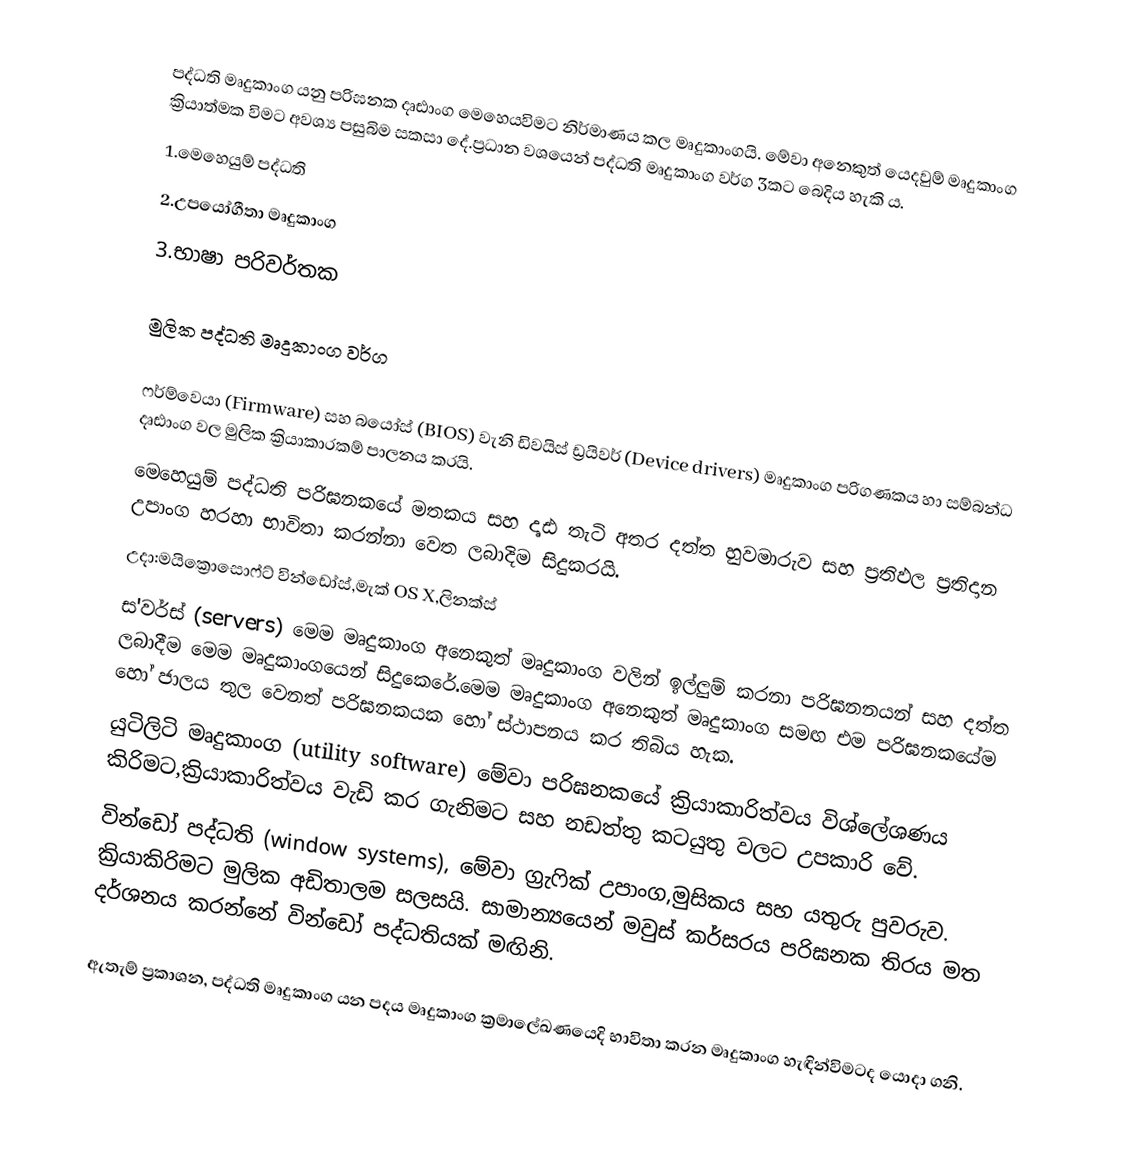
පද්ධති මෘදුකාංග යනු පරිඝනක දෘඪාංග මෙහෙයවිමට නිර්මාණය කල මෘදුකාංගයි. මේවා අනෙකුත් යෙදවුම් මෘදුකාංග ක්‍රියාත්මක විමට අවශ්‍ය පසුබිම සකසා දේ.ප්‍රධාන වශයෙන් පද්ධති මෘදුකාංග වර්ග 3කට බෙදිය හැකි ය.
1.මෙහෙයුම් පද්ධති
2.උපයෝගීතා මෘදුකාංග
3.භාෂා පරිවර්තක

මුලික පද්ධති මෘදුකාංග වර්ග

ෆර්ම්වෙයා (Firmware) සහ බයෝස් (BIOS) වැනි ඩිවයිස් ඩ්‍රයිවර් (Device drivers) මෘදුකාංග පරිගණකය හා සම්බන්ධ දෘඪාංග වල මුලික ක්‍රියාකාරකම් පාලනය කරයි.
මෙහෙයුම් පද්ධති පරිඝනකයේ මතකය සහ දෘඪ තැටි අතර දත්ත හුවමාරුව සහ ප්‍රතිඵල ප්‍රතිදාන උපාංග හරහා භාවිතා කරන්නා වෙත ලබාදිම සිදුකරයි.
උදා:මයික්‍රොසොෆ්ට් වින්ඩෝස්,මැක් OS X,ලිනක්ස්
ස'වර්ස් (servers) මෙම මෘදුකාංග අනෙකුත් මෘදුකාංග වලින් ඉල්ලුම් කරනා පරිඝනනයන් සහ දත්ත ලබාදීම මෙම මෘදුකාංගයෙන් සිදුකෙරේ.මෙම මෘදුකාංග අනෙකුත් මෘදුකාංග සමඟ එම පරිඝනකයේම හෝ ජාලය තුල වෙනත් පරිඝනකයක හෝ ස්ථාපනය කර තිබිය හැක.
යුටිලිටි මෘදුකාංග (utility software) මේවා පරිඝනකයේ ක්‍රියාකාරිත්වය විශ්ලේශණය කිරිමට,ක්‍රියාකාරිත්වය වැඩි කර ගැනිමට සහ නඩත්තු කටයුතු වලට උපකාරි වේ.
වින්ඩෝ පද්ධති (window systems), මේවා ග්‍රැෆික් උපාංග,මුසිකය සහ යතුරු පුවරුව. ක්‍රියාකිරිමට මුලික අඩිතාලම සලසයි. සාමාන්‍යයෙන් මවුස් කර්සරය පරිඝනක තිරය මත දර්ශනය කරන්නේ වින්ඩෝ පද්ධතියක් මඟිනි.

ඇතැම් ප්‍රකාශන, පද්ධති මෘදුකාංග යන පදය මෘදුකාංග ක්‍රමාලේඛණයෙදි භාවිතා කරන මෘදුකාංග හැඳින්විමටද යොදා ගනි.